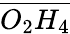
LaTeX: \overline{{O_{2}H_{4}}}